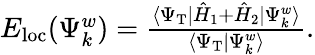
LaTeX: \begin{array}{r}{E_{\mathrm{{loc}}}(\Psi_{k}^{w})=\frac{\langle\Psi_{\mathrm{T}}|\hat{H}_{1}+\hat{H}_{2}|\Psi_{k}^{w}\rangle}{\langle\Psi_{\mathrm{T}}|\Psi_{k}^{w}\rangle}.}\end{array}